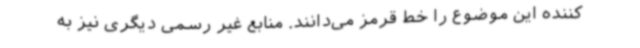
کننده این موضوع را خط قرمز می‌دانند. منابع غیر رسمی دیگری نیز به